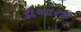
ડીઆરજી